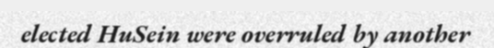
elected HuSein were overruled by another